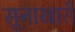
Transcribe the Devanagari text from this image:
सूनाखारी